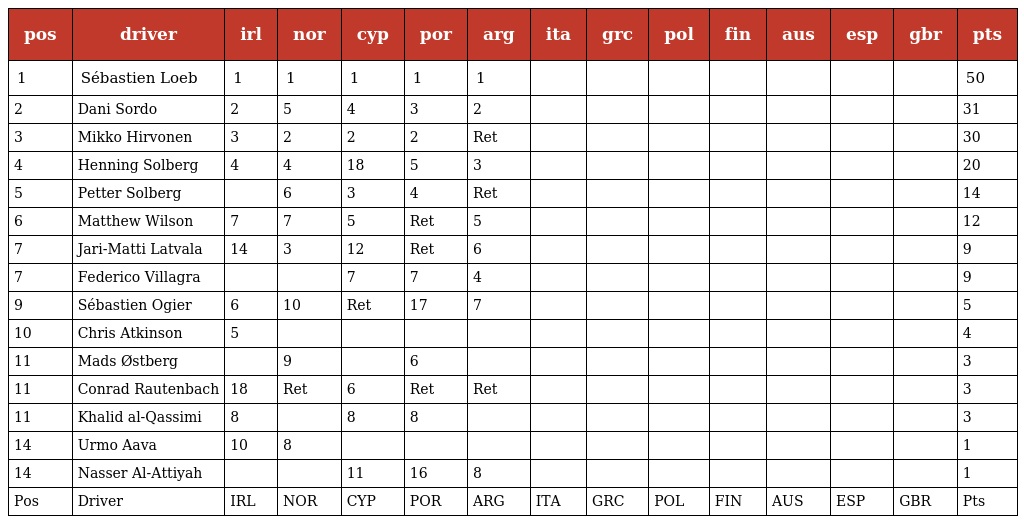
| pos | driver | irl | nor | cyp | por | arg | ita | grc | pol | fin | aus | esp | gbr | pts |
 | --- | --- | --- | --- | --- | --- | --- | --- | --- | --- | --- | --- | --- | --- | --- |
 | 1 | Sébastien Loeb | 1 | 1 | 1 | 1 | 1 |  |  |  |  |  |  |  | 50 |
 | 2 | Dani Sordo | 2 | 5 | 4 | 3 | 2 |  |  |  |  |  |  |  | 31 |
 | 3 | Mikko Hirvonen | 3 | 2 | 2 | 2 | Ret |  |  |  |  |  |  |  | 30 |
 | 4 | Henning Solberg | 4 | 4 | 18 | 5 | 3 |  |  |  |  |  |  |  | 20 |
 | 5 | Petter Solberg |  | 6 | 3 | 4 | Ret |  |  |  |  |  |  |  | 14 |
 | 6 | Matthew Wilson | 7 | 7 | 5 | Ret | 5 |  |  |  |  |  |  |  | 12 |
 | 7 | Jari-Matti Latvala | 14 | 3 | 12 | Ret | 6 |  |  |  |  |  |  |  | 9 |
 | 7 | Federico Villagra |  |  | 7 | 7 | 4 |  |  |  |  |  |  |  | 9 |
 | 9 | Sébastien Ogier | 6 | 10 | Ret | 17 | 7 |  |  |  |  |  |  |  | 5 |
 | 10 | Chris Atkinson | 5 |  |  |  |  |  |  |  |  |  |  |  | 4 |
 | 11 | Mads Østberg |  | 9 |  | 6 |  |  |  |  |  |  |  |  | 3 |
 | 11 | Conrad Rautenbach | 18 | Ret | 6 | Ret | Ret |  |  |  |  |  |  |  | 3 |
 | 11 | Khalid al-Qassimi | 8 |  | 8 | 8 |  |  |  |  |  |  |  |  | 3 |
 | 14 | Urmo Aava | 10 | 8 |  |  |  |  |  |  |  |  |  |  | 1 |
 | 14 | Nasser Al-Attiyah |  |  | 11 | 16 | 8 |  |  |  |  |  |  |  | 1 |
 | Pos | Driver | IRL | NOR | CYP | POR | ARG | ITA | GRC | POL | FIN | AUS | ESP | GBR | Pts |